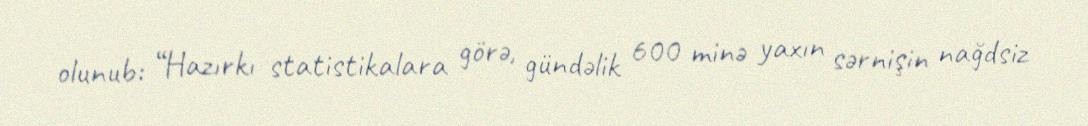
olunub: “Hazırkı statistikalara görə, gündəlik 600 minə yaxın sərnişin nağdsiz